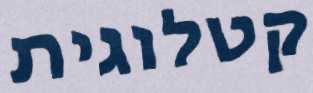
קטלוגית